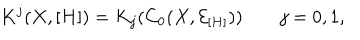
LaTeX: K ^ { j } ( X , [ H ] ) = K _ { j } ( C _ { 0 } ( X , { \mathcal E } _ { [ H ] } ) ) \qquad j = 0 , 1 ,